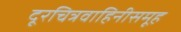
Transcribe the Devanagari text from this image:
दूरचित्रवाहिनीसमूह